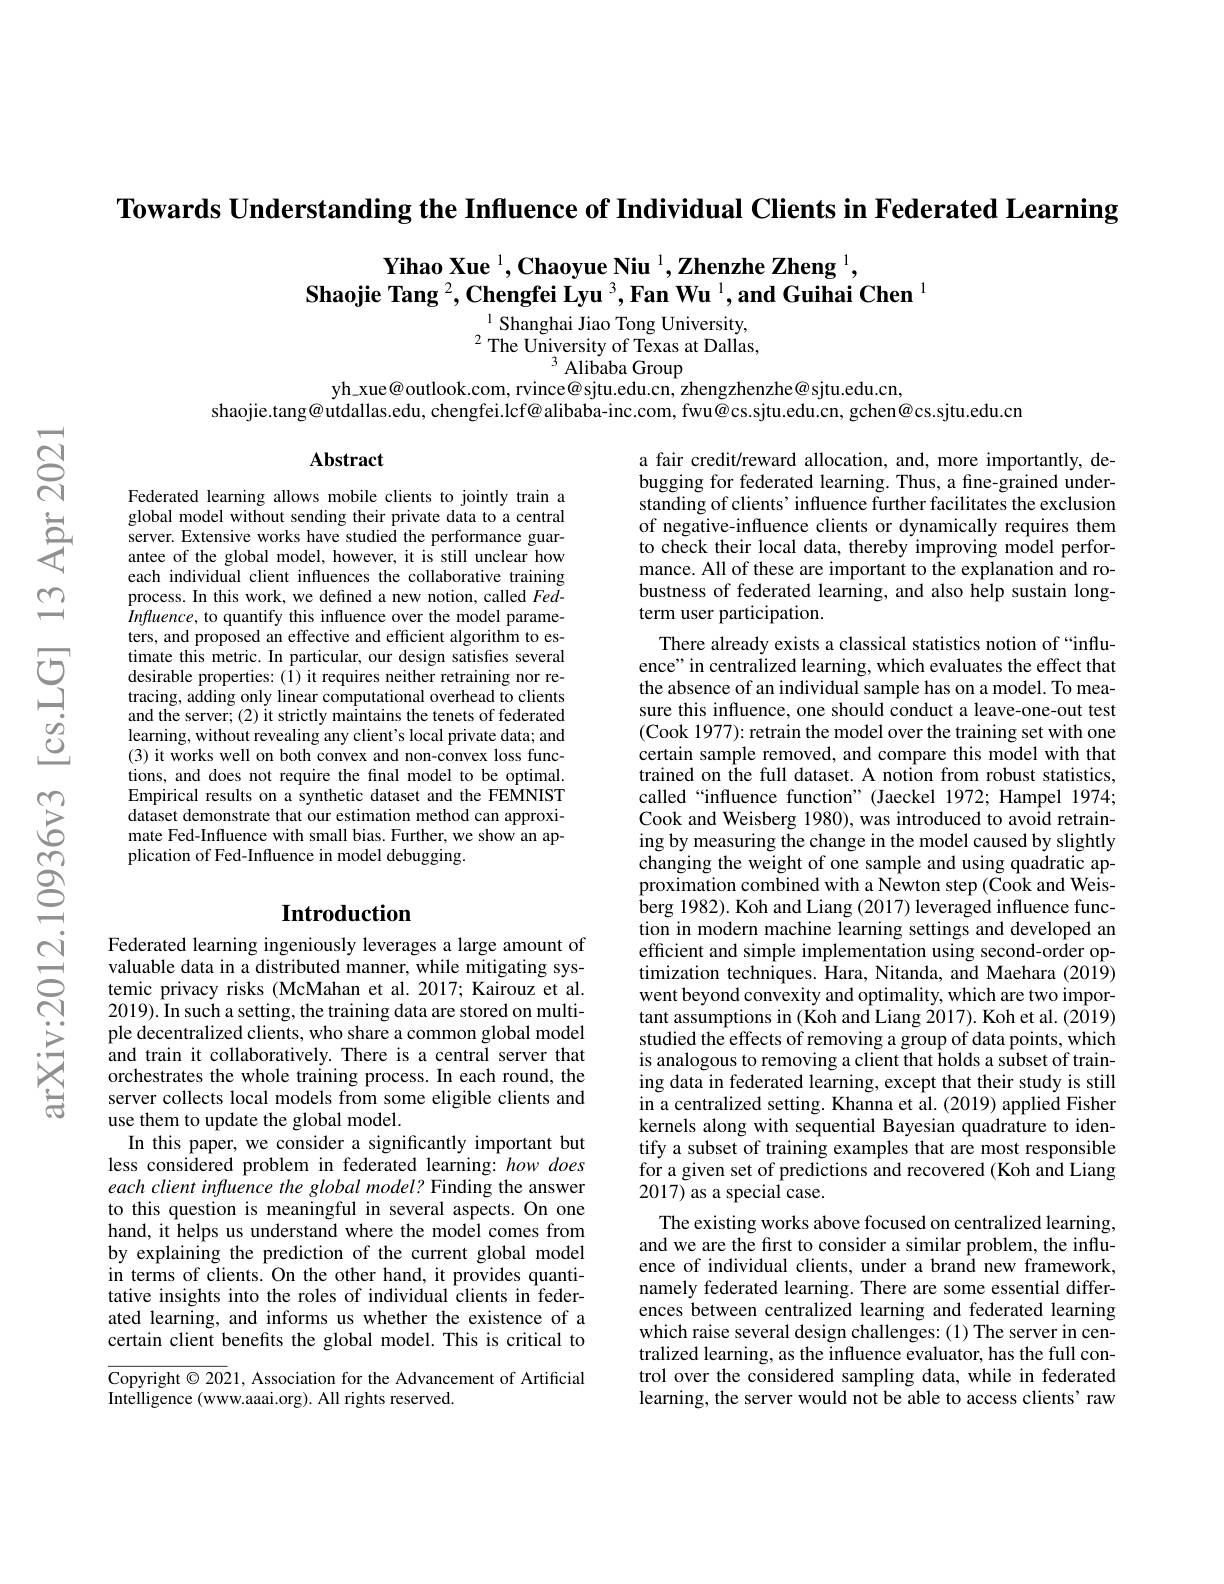
Towards Understanding the Influence of Individual Clients in Federated Learning

# $\textbf{Yihao Xue}^{1},\textbf{Chaoyue Niu }^{1},\textbf{Zhenzhe Zheng }^{1}$, $\textbf{Shaojie Tang }^2,\textbf{Chengfei Lyu }^3,\textbf{Fan Wu }^1,\textbf{and Guihai Chen }^1$ $^{1}$Shanghai Jiao Tong University,

$^{2}$The University of Texas at Dallas,
$^{3}$ Alibaba Group
yh\_xue@outlook.com, rvince@sjtu.edu.cn, zhengzhenzhe@sjtu.edu.cn,

shaojie.tang@utdallas.edu, chengfei.lcf@ alibaba-inc.com, fwu@cs.sjtu.edu.cn, gchen@cs.sjtu.edu.cn

Abstract

Federated learning allows mobile clients to jointly train a global model without sending their private data to a central server. Extensive works have studied the performance guarantee of the global model, however, it is still unclear how each individual client influences the collaborative training process. In this work, we defined a new notion, called FedInfluence, to quantify this influence over the model parameters, and proposed an effective and efficient algorithm to estimate this metric. In particular, our design satisfies several desirable properties: (1) it requires neither retraining nor retracing, adding only linear computational overhead to clients and the server; (2) it strictly maintains the tenets of federated learning, without revealing any client's local private data; and (3) it works well on both convex and non-convex loss functions, and does not require the final model to be optimal. Empirical results on a synthetic dataset and the FEMNIST dataset demonstrate that our estimation method can approximate Fed-Influence with small bias. Further, we show an application of Fed-Influence in model debugging.

# Introduction

a fair credit/reward allocation, and, more importantly, debugging for federated learning. Thus, a fine-grained understanding of clients' influence further facilitates the exclusion of negative-influence clients or dynamically requires them to check their local data, thereby improving model performance. All of these are important to the explanation and robustness of federated learning, and also help sustain longterm user participation.
There already exists a classical statistics notion of “influence" in centralized learning, which evaluates the effect that the absence of an individual sample has on a model. To measure this influence, one should conduct a leave-one-out test (Cook 1977): retrain the model over the training set with one certain sample removed, and compare this model with that trained on the full dataset. A notion from robust statistics, called“influence function”(Jaeckel 1972; Hampel 1974; Cook and Weisberg 1980), was introduced to avoid retraining by measuring the change in the model caused by slightly changing the weight of one sample and using quadratic approximation combined with a Newton step (Cook and Weisberg 1982). Koh and Liang (2017) leveraged influence function in modern machine learning settings and developed an efficient and simple implementation using second-order optimization techniques. Hara, Nitanda, and Maehara (2019) went beyond convexity and optimality, which are two important assumptions in (Koh and Liang 2017). Koh et al. (2019) studied the effects of removing a group of data points, which is analogous to removing a client that holds a subset of training data in federated learning, except that their study is still in a centralized setting. Khanna et al. (2019) applied Fisher kernels along with sequential Bayesian quadrature to identify a subset of training examples that are most responsible for a given set of predictions and recovered (Koh and Liang 2017) as a special case.
The existing works above focused on centralized learning, and we are the first to consider a similar problem, the influence of individual clients, under a brand new framework, namely federated learning. There are some essential differences between centralized learning and federated learning which raise several design challenges: (1) The server in centralized learning, as the influence evaluator, has the full control over the considered sampling data, while in federated learning, the server would not be able to access clients' raw

Federated learning ingeniously leverages a large amount of valuable data in a distributed manner, while mitigating systemic privacy risks (McMahan et al.2017; Kairouz et al. 2019). In such a setting, the training data are stored on multiple decentralized clients, who share a common global model and train it collaboratively. There is a central server that orchestrates the whole training process. In each round, the server collects local models from some eligible clients and use them to update the global model.
In this paper, we consider a significantly important but less considered problem in federated learning: how does each client influence the global model? Finding the answer to this question is meaningful in several aspects. On one hand, it helps us understand where the model comes from by explaining the prediction of the current global model in terms of clients. On the other hand, it provides quantitative insights into the roles of individual clients in federated learning, and informs us whether the existence of a certain client benefits the global model. This is critical to

Copyright $\odot2021$, Association for the Advancement of Artificial
Intelligence (www.aaai.org). All rights reserved.